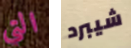
التي شيبرد